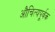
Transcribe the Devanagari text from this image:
औचित्यपूर्वक